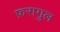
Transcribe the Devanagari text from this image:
फ़रागु़ल